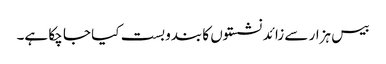
بیس ہزار سے زائد نشستوں کا بندوبست کیا جا چکا ہے۔